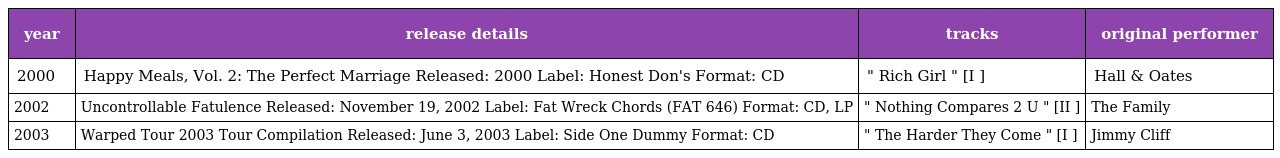
| year | release details | tracks | original performer |
 | --- | --- | --- | --- |
 | 2000 | Happy Meals, Vol. 2: The Perfect Marriage Released: 2000 Label: Honest Don's Format: CD | " Rich Girl " [I ] | Hall & Oates |
 | 2002 | Uncontrollable Fatulence Released: November 19, 2002 Label: Fat Wreck Chords (FAT 646) Format: CD, LP | " Nothing Compares 2 U " [II ] | The Family |
 | 2003 | Warped Tour 2003 Tour Compilation Released: June 3, 2003 Label: Side One Dummy Format: CD | " The Harder They Come " [I ] | Jimmy Cliff |